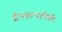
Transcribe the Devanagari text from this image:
द्वीपकल्पांपैकी